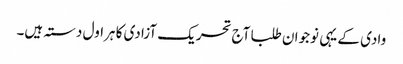
وادی کے یہی نوجوان طلبا آج تحریک آزادی کا ہراول دستہ ہیں۔